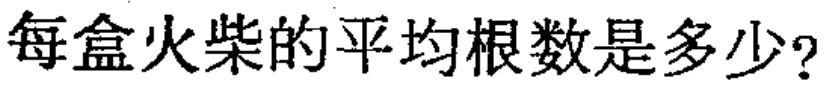
每盒火柴的平均根数是多少？